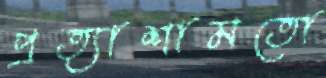
প্রত্যাশামতো